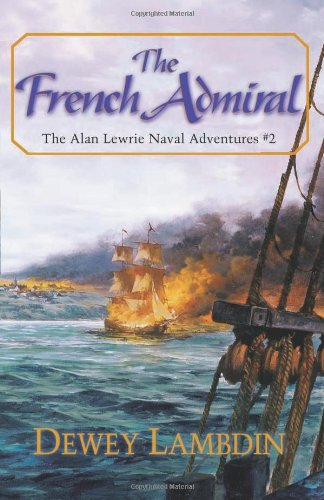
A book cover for The French Admiral (Alan Lewrie Naval Adventures); Dewey Lambdin; Literature & Fiction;